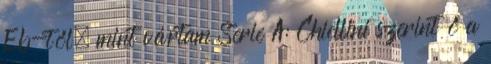
Eb-től, mint vártam Serie A: Chiellini szerint ő a